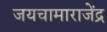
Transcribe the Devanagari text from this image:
जयचामाराजेंद्र